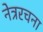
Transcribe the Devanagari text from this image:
नेत्ररचना